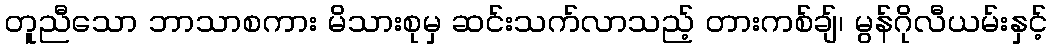
တူညီသော ဘာသာစကား မိသားစုမှ ဆင်းသက်လာသည့် တားကစ်ချ်၊ မွန်ဂိုလီယမ်းနှင့်